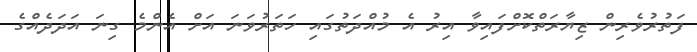
ފަތުރުވެރިން ޒިޔާރަތްކޮށްފައިވާ އިރު އެ މުއްދަތުގައި ހަތަރުވަނަ އަށް އެންމެ ގިނަ އަދަދެއްގެ